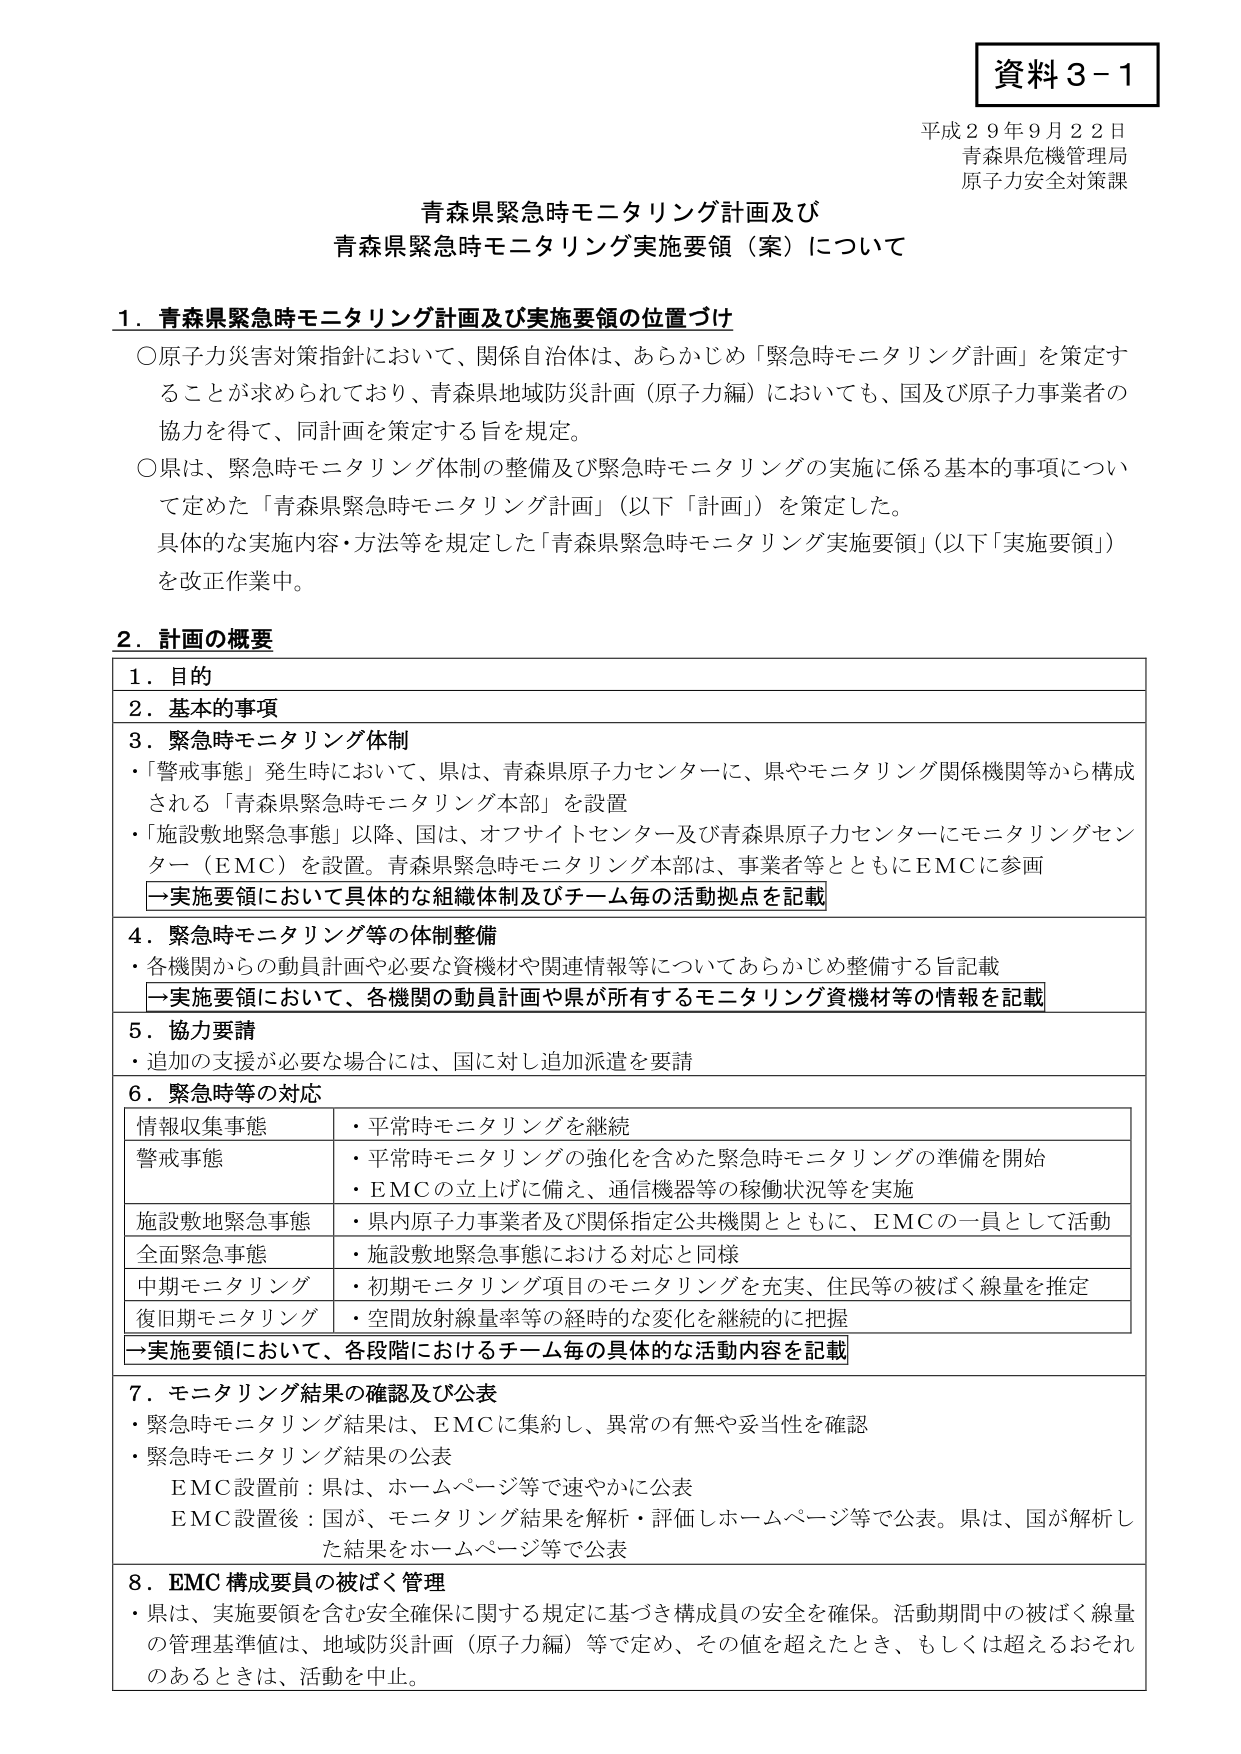
資料３－１
平成２９年９月２２日
青森県危機管理局
原子力安全対策課

青森県緊急時モニタリング計画及び
青森県緊急時モニタリング実施要領（案）について

１．青森県緊急時モニタリング計画及び実施要領の位置づけ
○原子力災害対策指針において、関係自治体は、あらかじめ「緊急時モニタリング計画」を策定することが求められており、青森県地域防災計画（原子力編）においても、国及び原子力事業者の協力を得て、同計画を策定する旨を規定。
○県は、緊急時モニタリング体制の整備及び緊急時モニタリングの実施に係る基本的事項について定めた「青森県緊急時モニタリング計画」（以下「計画」）を策定した。
具体的な実施内容・方法等を規定した「青森県緊急時モニタリング実施要領」（以下「実施要領」）を改正作業中。

２．計画の概要
１．目的
２．基本的事項
３．緊急時モニタリング体制
・「警戒事態」発生時において、県は、青森県原子力センターに、県やモニタリング関係機関等から構成される「青森県緊急時モニタリング本部」を設置
・「施設敷地緊急事態」以降、国は、オフサイトセンター及び青森県原子力センターにモニタリングセンター（ＥＭＣ）を設置。青森県緊急時モニタリング本部は、事業者等とともにＥＭＣに参画
→実施要領において具体的な組織体制及びチーム毎の活動拠点を記載

４．緊急時モニタリング等の体制整備
・各機関からの動員計画や必要な資機材や関連情報等についてあらかじめ整備する旨記載
→実施要領において、各機関の動員計画や県が所有するモニタリング資機材等の情報を記載

５．協力要請
・追加の支援が必要な場合には、国に対し追加派遣を要請

６．緊急時等の対応
情報収集事態　・平常時モニタリングを継続
警戒事態　・平常時モニタリングの強化を含めた緊急時モニタリングの準備を開始
　　　　　　・ＥＭＣの立上げに備え、通信機器等の稼働状況等を実施
施設敷地緊急事態　・県内原子力事業者及び関係指定公共機関とともに、ＥＭＣの一員として活動
全面緊急事態　・施設敷地緊急事態における対応と同様
中期モニタリング　・初期モニタリング項目のモニタリングを充実、住民等の被ばく線量を推定
復旧期モニタリング　・空間放射線量率等の経時的な変化を継続的に把握
→実施要領において、各段階におけるチーム毎の具体的な活動内容を記載

７．モニタリング結果の確認及び公表
・緊急時モニタリング結果は、ＥＭＣに集約し、異常の有無や妥当性を確認
・緊急時モニタリング結果の公表
　ＥＭＣ設置前：県は、ホームページ等で速やかに公表
　ＥＭＣ設置後：国が、モニタリング結果を解析・評価しホームページ等で公表。県は、国が解析した結果をホームページ等で公表

８．ＥＭＣ構成要員の被ばく管理
・県は、実施要領を含む安全確保に関する規定に基づき構成員の安全を確保。活動期間中の被ばく線量の管理基準値は、地域防災計画（原子力編）等で定め、その値を超えたとき、もしくは超えるおそれのあるときは、活動を中止。